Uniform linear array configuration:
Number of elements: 32
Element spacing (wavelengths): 0.5
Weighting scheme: hamming
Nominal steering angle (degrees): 0
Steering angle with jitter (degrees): -0.8648
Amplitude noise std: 0.05
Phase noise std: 0.05

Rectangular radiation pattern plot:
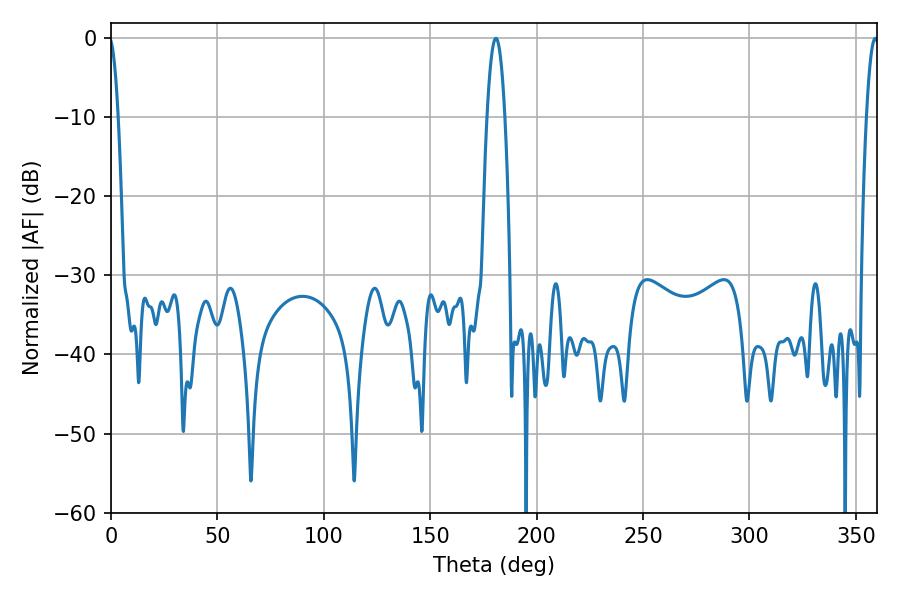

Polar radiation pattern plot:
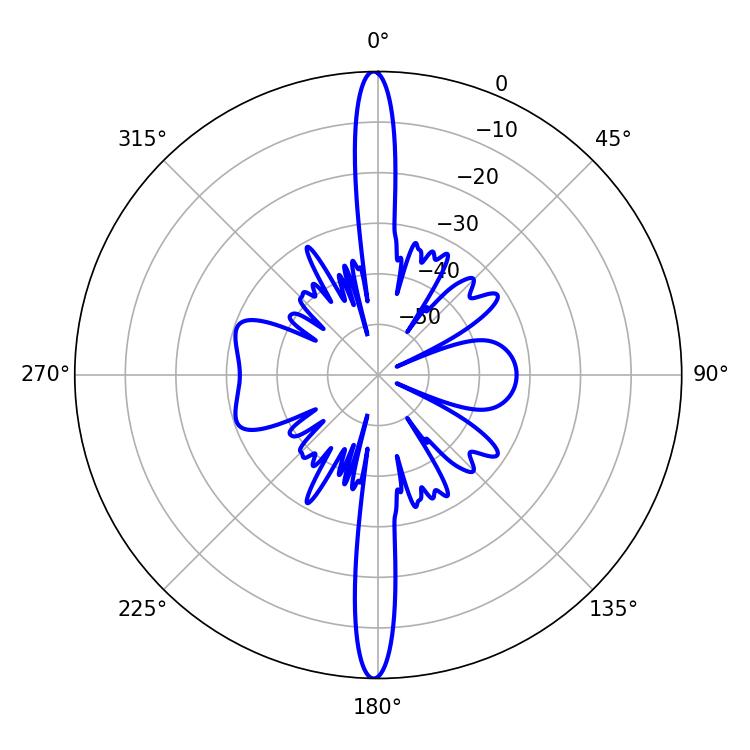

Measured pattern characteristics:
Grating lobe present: FALSE
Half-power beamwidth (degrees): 4.68
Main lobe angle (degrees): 180.9